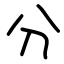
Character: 分